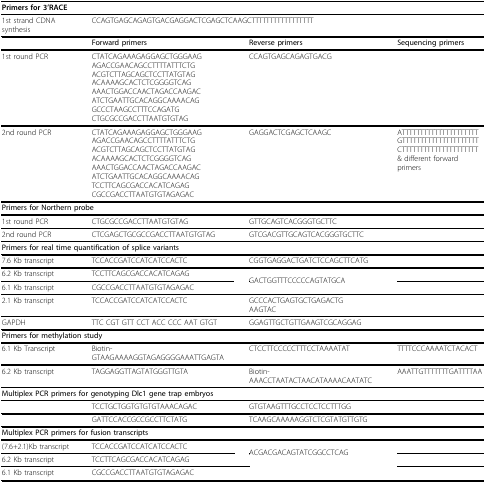
<table><thead><tr><td><b>Primers for 3&#x27;RACE</b></td><td></td><td></td><td></td></tr></thead><tbody><tr><td>1st strand CDNA synthesis</td><td colspan="3">CCAGTGAGCAGAGTGACGAGGACTCGAGCTCAAGCTTTTTTTTTTTTTTTTT</td></tr><tr><td></td><td><b>Forward primers</b></td><td><b>Reverse primers</b></td><td><b>Sequencing primers</b></td></tr><tr><td>1st round PCR</td><td>CTATCAGAAAGAGGAGCTGGGAAGAGACCGAACAGCCTTTTATTTCTGACGTCTTAGCAGCTCCTTATGTAGACAAAAGCACTCTCGGGGTCAGAAACTGGACCAACTAGACCAAGACATCTGAATTGCACAGGCAAAACAGGCCCTAAGCCTTTCCAGATGCTGCGCCGACCTTAATGTGTAG</td><td>CCAGTGAGCAGAGTGACG</td><td></td></tr><tr><td>2nd round PCR</td><td>CTATCAGAAAGAGGAGCTGGGAAGAGACCGAACAGCCTTTTATTTCTGACGTCTTAGCAGCTCCTTATGTAGACAAAAGCACTCTCGGGGTCAGAAACTGGACCAACTAGACCAAGACATCTGAATTGCACAGGCAAAACAGTCCTTCAGCGACCACATCAGAGCGCCGACCTTAATGTGTAGAGAC</td><td>GAGGACTCGAGCTCAAGC</td><td>ATTTTTTTTTTTTTTTTTTTTTGTTTTTTTTTTTTTTTTTTTTTCTTTTTTTTTTTTTTTTTTTTT&amp; different forward primers</td></tr><tr><td colspan="4"><b>Primers for Northern probe</b></td></tr><tr><td>1st round PCR</td><td>CTGCGCCGACCTTAATGTGTAG</td><td>GTTGCAGTCACGGGTGCTTC</td><td></td></tr><tr><td>2nd round PCR</td><td>CTCGAGCTGCGCCGACCTTAATGTGTAG</td><td>GTCGACGTTGCAGTCACGGGTGCTTC</td><td></td></tr><tr><td colspan="4"><b>Primers for real time quantification of splice variants</b></td></tr><tr><td>7.6 Kb transcript</td><td>TCCACCGATCCATCATCCACTC</td><td>CGGTGAGGACTGATCTCCAGCTTCATG</td><td></td></tr><tr><td>6.2 Kb transcript</td><td>TCCTTCAGCGACCACATCAGAG</td><td>GACTGGTTTCCCCCAGTATGCA</td><td></td></tr><tr><td>6.1 Kb transcript</td><td>CGCCGACCTTAATGTGTAGAGAC</td><td></td><td></td></tr><tr><td>2.1 Kb transcript</td><td>TCCACCGATCCATCATCCACTC</td><td>GCCCACTGAGTGCTGAGACTGAAGTAC</td><td></td></tr><tr><td>GAPDH</td><td>TTC CGT GTT CCT ACC CCC AAT GTGT</td><td>GGAGTTGCTGTTGAAGTCGCAGGAG</td><td></td></tr><tr><td colspan="4"><b>Primers for methylation study</b></td></tr><tr><td>6.1 Kb Transcript</td><td>Biotin-GTAAGAAAAGGTAGAGGGGAAATTGAGTA</td><td>CTCCTTCCCCCTTTCCTAAAATAT</td><td>TTTTCCCAAAATCTACACT</td></tr><tr><td>6.2 Kb transcript</td><td>TAGGAGGTTAGTATGGGTTGTA</td><td>Biotin-AAACCTAATACTAACATAAAACAATATC</td><td>AAATTGTTTTTTTGATTTTAA</td></tr><tr><td colspan="4"><b>Multiplex PCR primers for genotyping Dlc1 gene trap embryos</b></td></tr><tr><td></td><td>TCCTGCTGGTGTGTGTAAACAGAC</td><td>GTGTAAGTTTGCCTCCTCCTTTGG</td><td></td></tr><tr><td></td><td>GATTCCACCGCCGCCTTCTATG</td><td>TCAAGCAAAAAGGTCTCGTATGTTGTG</td><td></td></tr><tr><td colspan="4"><b>Multiplex PCR primers for fusion transcripts</b></td></tr><tr><td>(7.6+2.1)Kb transcript</td><td>TCCACCGATCCATCATCCACTC</td><td>ACGACGACAGTATCGGCCTCAG</td><td></td></tr><tr><td>6.2 Kb transcript</td><td>TCCTTCAGCGACCACATCAGAG</td><td></td><td></td></tr><tr><td>6.1 Kb transcript</td><td>CGCCGACCTTAATGTGTAGAGAC</td><td></td><td></td></tr></tbody></table>